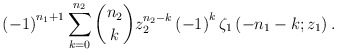
\begin{align*}\left(-1\right)^{n_{1}+1}\sum_{k=0}^{n_{2}}\binom{n_{2}}{k}z_{2}^{n_{2}-k}\left(-1\right)^{k}\zeta_{1}\left(-n_{1}-k;z_{1}\right).\end{align*}